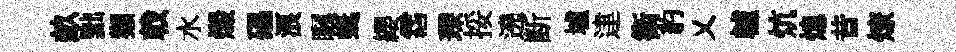
畝黜獺戟水燬礧浪瞩蜒纓霑琛挼遶断壚䢖衛豹乂轤炕熄昔燎